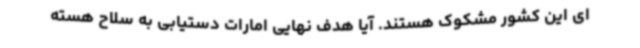
ای این کشور مشکوک هستند. آیا هدف نهایی امارات دستیابی به سلاح هسته